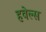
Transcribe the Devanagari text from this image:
हवेल्स